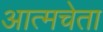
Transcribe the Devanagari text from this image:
आत्मचेता